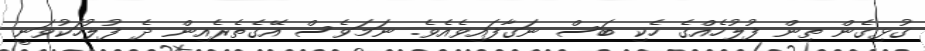
ގުޅިގެން ތިން ފުލުހެއްގެ ހެކި ބަސް ނަގާފައިވެއެވެ. ނަމަވެސް އޭގެތެރެއިން ދެ ފުލުހަކުވަނީ